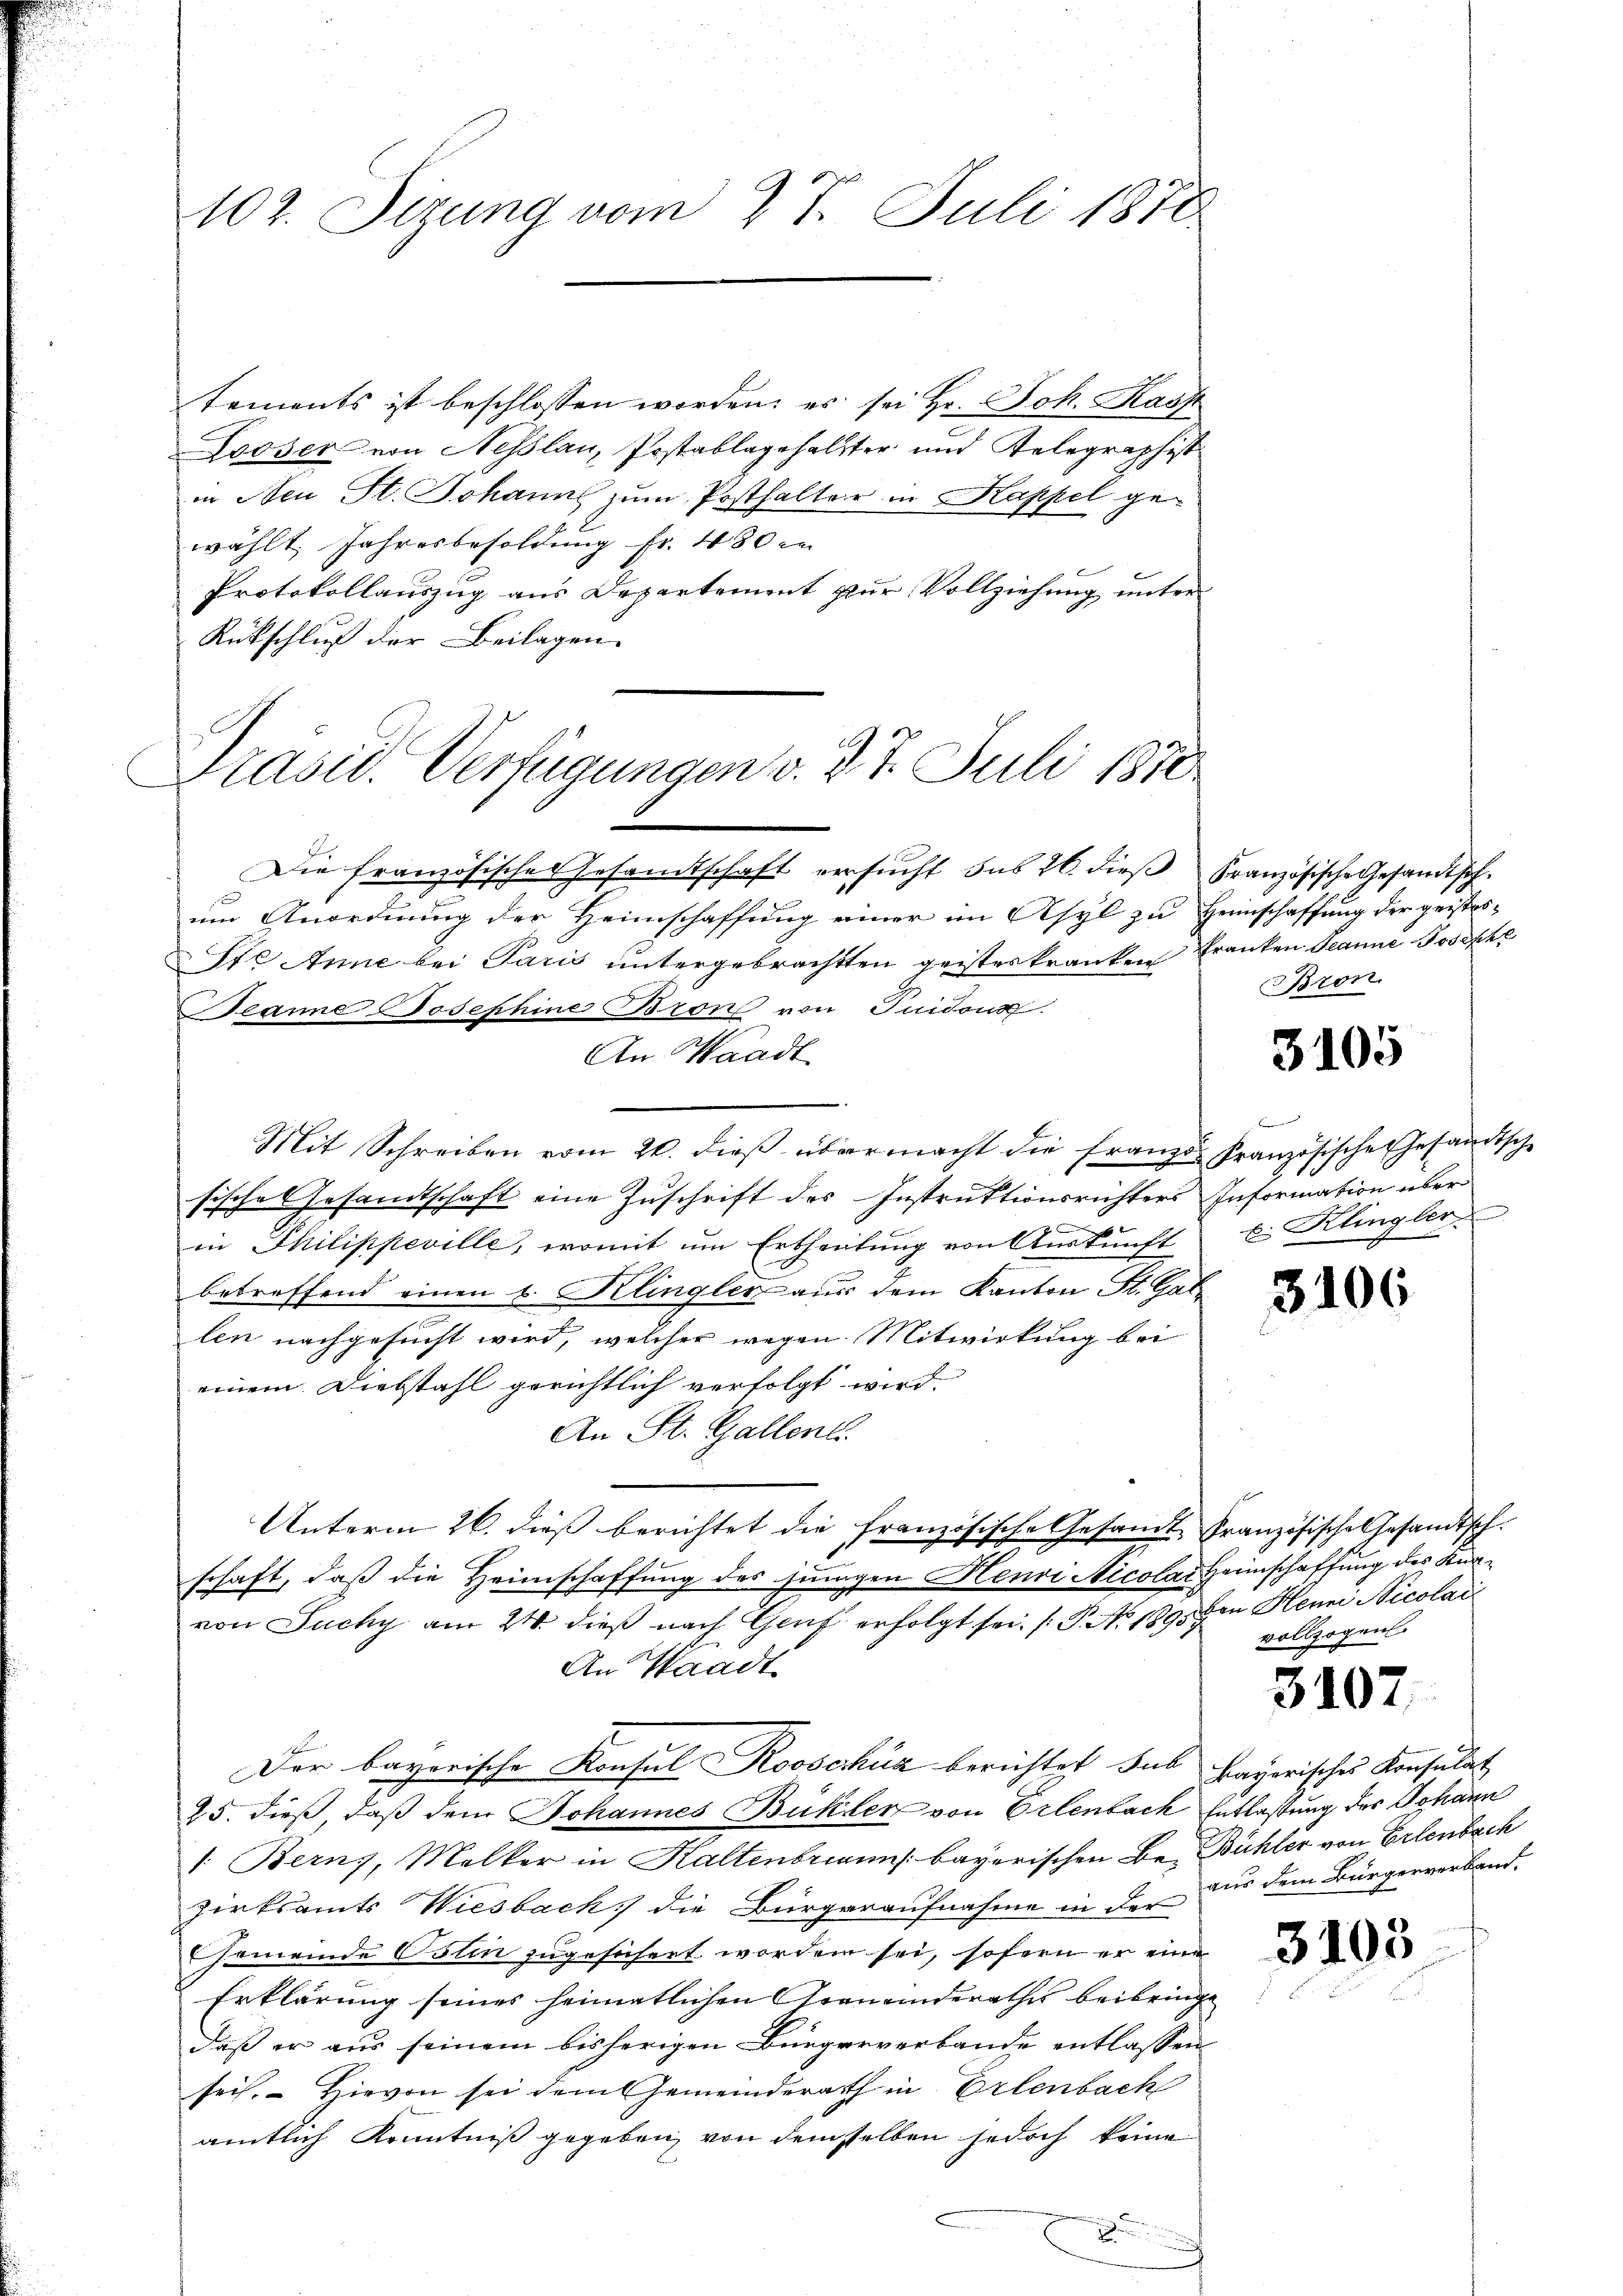
102. Sizung vom 27. Juli 1878

tements ist beschlossen worden; es sei Hr. Joh. Kass
Looser von Nesslau, Postablagehalter und Telegraphist
in Neu St. Johanns zum Posthalter in Kappel gewählt. Jahresbesoldung fr. 480 in
Protokollauszug aus Departement zur Vollziehung unter
Rückschluß der Beilagen.
Die französisches Gesamtschaft versucht das 26. dieβ Französische Gesandtsch-
x
um Anordnung der Heimschaffung einer im Asyl zu Heimschaffung der geistes-
Ste Anne bei Paris untergebrachten geisteskranken Franken Jeanne Josephe
eanne Josephine Bron von Quidonn
An Waadt
Mit Schreiben vom 20. dieß übermacht die Franzes französische Gesandtsche
sische Gesandtschaft eine Zuschrift des Instruktionsrichters Information über
in Philippeville, womit um Ertheilung von Auskunft
betreffend einen u. Klingler aus dem Kanton St. Gal-
len nachgesucht wird, welcher wegen Mitwirkung bei
einem Diebstahl gerichtlich verfolgt wird.
An St. Gallent
Unterm 26. dieß berichtet die französische Gesamt Französische Gesandtsch.
schaft, daß die Heimschaffung des jungen Henri Nicolai Heimschaffung des Knavon Suchy am 24. dieß nach Genf erfolgt sei. (T. Ao 1895 von Henni Nicolai
An Waadt
Der bayerische Konsul Rooschüz berichtet sub bayerisches Konsulat
25. dieß, daß dem Johannes Bukler von Erlenbach Entlaßung der Johann
1. Berns, Melker in Kaltenbriann bayerischen Be- Bühler von Erlenbach
zirksamts Wiesbach die Bürgeraufnahme in der
Gemeinde Ostin zugesichert worden sei, sofern er eine
Erklärung seines heimatlichen Graneinderathes beibringe
daß er aus seinem bisherigen Bürgerverbande entlassen
sei. Hievon sei dem Gemeinderath in Erlenbach
amtlich Kenntniß gegeben, von demselben jedoch keine
e
x

Präsid. Verfügungen v. 27. Juli 1870

Bron.

3105

Ei Klingler

3106

vollzogen.

310

aus dem Bürgerverband.

3105